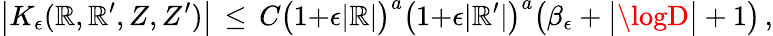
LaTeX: \bigl|K_{\epsilon}(\mathbb{R},\mathbb{R}^{\prime},Z,Z^{\prime})\bigr|\, \le\, C\bigl(1{+}\epsilon|\mathbb{R}|\bigr)^{a}\bigl(1{+}\epsilon|\mathbb{R}^{\prime}|\bigr)^{a}\bigl(\beta_{\epsilon}+\bigl|\logD\bigr|+1\bigr)\, ,